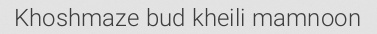
Khoshmaze bud kheili mamnoon